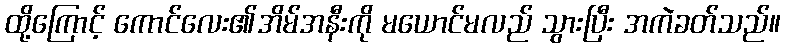
ထို့ကြောင့် ကောင်လေး၏အိမ်အနီးကို မယောင်မလည် သွားပြီး အကဲခတ်သည်။